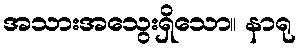
အသားအသွေးရှိသော။ နာရု